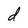
Character: d